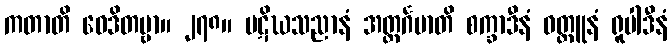
ကတာတိ ဝေဒိတဗ္ဗာ။ ၂၇၈။ ပဋိဃသညာနံ အတ္ထင်္ဂမာတိ စက္ခာဒီနံ ဝတ္ထူနံ ရူပါဒီနံ